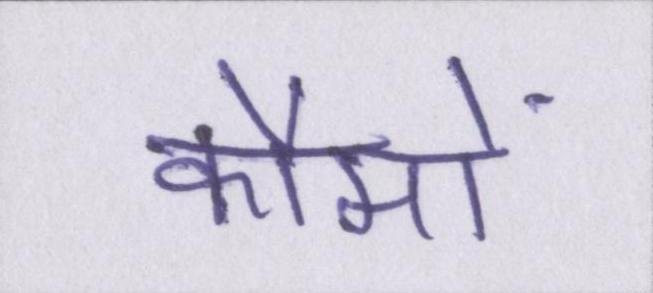
कौमों